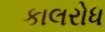
કાલરોધ